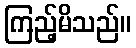
ကြည့်မိသည်။